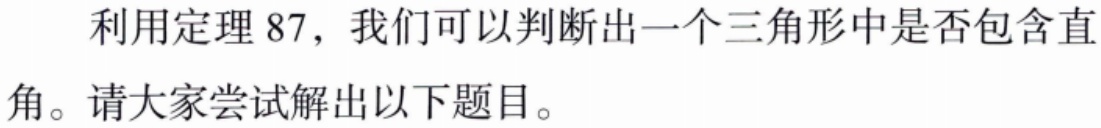
利用定理 87，我们可以判断出一个三角形中是否包含直角。请大家尝试解出以下题目。